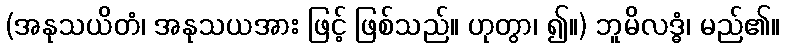
(အနုသယိတံ၊ အနုသယအား ဖြင့် ဖြစ်သည်။ ဟုတွာ၊ ၍။) ဘူမိလဒ္ဓံ၊ မည်၏။